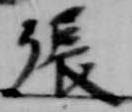
張